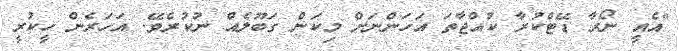
"އެއީ ނޯރާ ޑޭޓްކުރާ ކުއްޖާތަ އަހަންނަށް މިކަން ގަބޫލެއް ނުކުރެވޭ. އަހަރެން ހީކުރީ